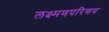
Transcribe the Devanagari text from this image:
लक्ष्मणपरिणय